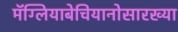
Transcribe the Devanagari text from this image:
मॅग्लियाबेचियानोसारख्या